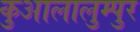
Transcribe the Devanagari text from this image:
कुआलालुम्पुर